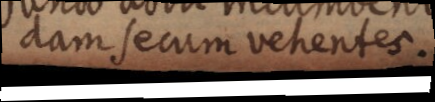
dam secum vehentes.